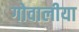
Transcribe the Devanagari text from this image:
गोवालीया